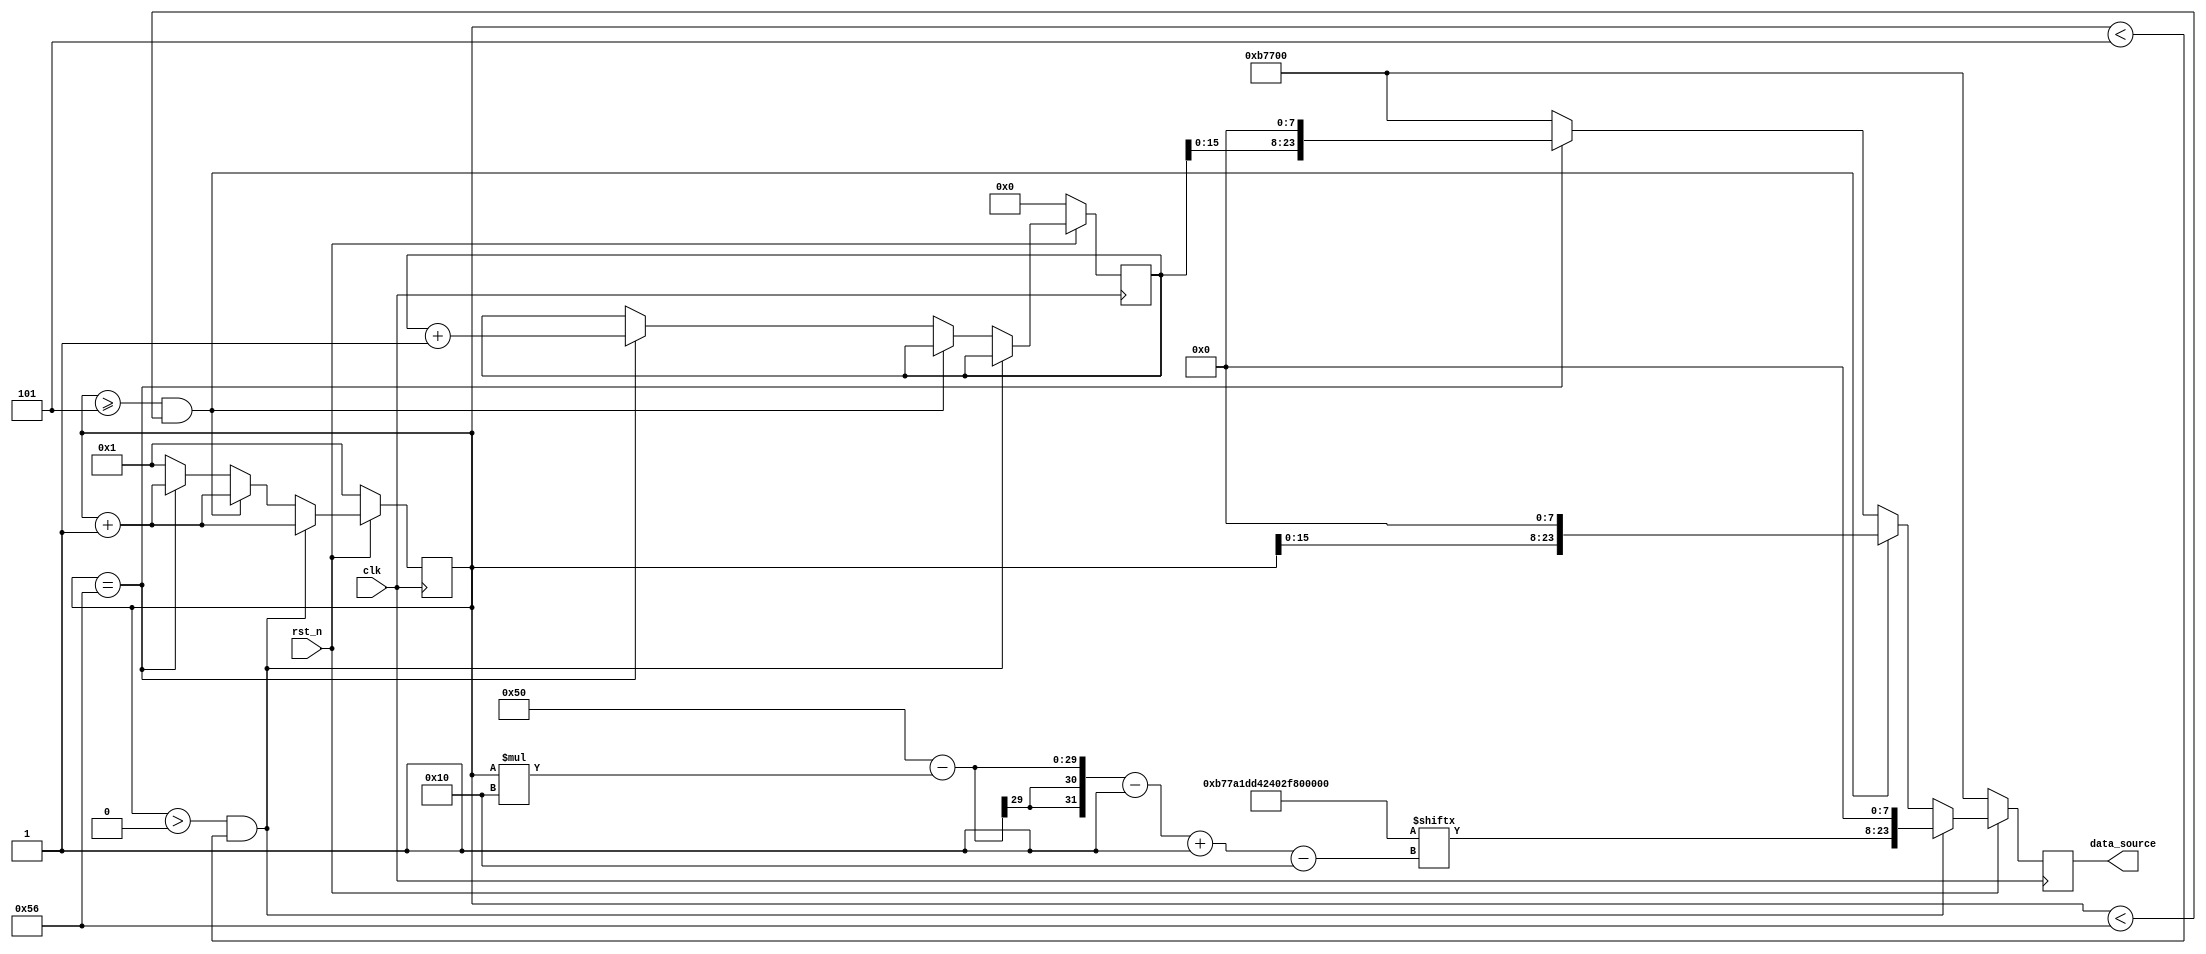
`timescale 1ns/1ns

module data_gen_counter #
	(
		parameter I2S_SENDER_TEST_DATA_WIDTH = 24
	)
	(
		input wire rst_n,
		input wire clk,
		output reg [I2S_SENDER_TEST_DATA_WIDTH - 1:0] data_source = 0
	);

	localparam integer HEADER_DATA_COUNT = 5;
	localparam integer DATA_WIDTH = 16;
	localparam integer HEADER_WIDTH = DATA_WIDTH * HEADER_DATA_COUNT;

	reg [HEADER_WIDTH - 1 : 0] header = {16'h0B77, 16'hA1DD, 16'h4240, 16'h2F84, 16'h2B03};

	reg [I2S_SENDER_TEST_DATA_WIDTH - 1:0] index = 0;
	reg [I2S_SENDER_TEST_DATA_WIDTH - 1:0] count = 0;
	always @(posedge clk) begin
		if(rst_n == 0) begin
			index <= 1;
			count <= 0;
			data_source <= {header[HEADER_WIDTH - 1 -: DATA_WIDTH], 8'h00};
		end
		else begin
			if((index > 0) && (index < 5)) begin
				data_source <= {header[(HEADER_WIDTH - (index * DATA_WIDTH)) - 1 -: DATA_WIDTH], 8'h00};
				index <= index + 1;
			end
			else if((index >= 5) && (index < (174 / 2 - 1))) begin
				data_source <= {index[DATA_WIDTH - 1 -: DATA_WIDTH], 8'h00};
				index <= index + 1;
			end
			else if(index == (174 / 2 - 1)) begin
				data_source <= {count[DATA_WIDTH - 1 -: DATA_WIDTH], 8'h00};
				index <= index + 1;
				count <= count + 1;
			end
			else begin
				data_source <= {header[HEADER_WIDTH - 1 -: DATA_WIDTH], 8'h00};
				index <= 1;
			end
		end
	end
endmodule